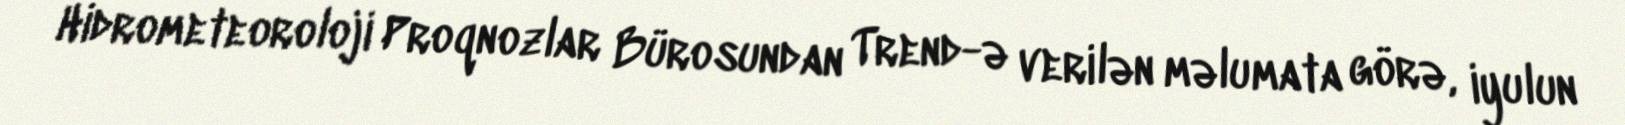
Hidrometeoroloji Proqnozlar Bürosundan Trend-ə verilən məlumata görə, iyulun